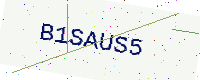
Text: B1SAUS5